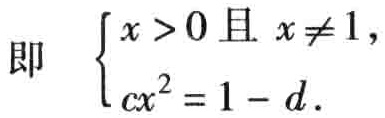
即 \(\begin{cases}x > 0 \text{ 且 } x\neq 1, \\ cx^{2}=1 - d.\end{cases}\)